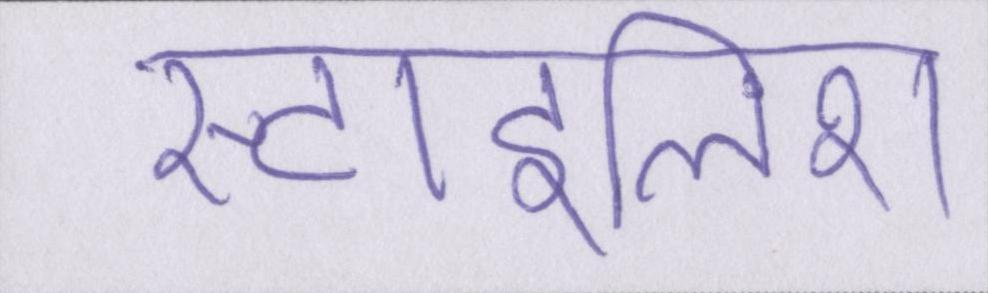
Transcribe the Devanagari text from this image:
स्टाइलिश